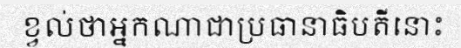
ខ្វល់ថាអ្នកណាជាប្រធានាធិបតីនោះ